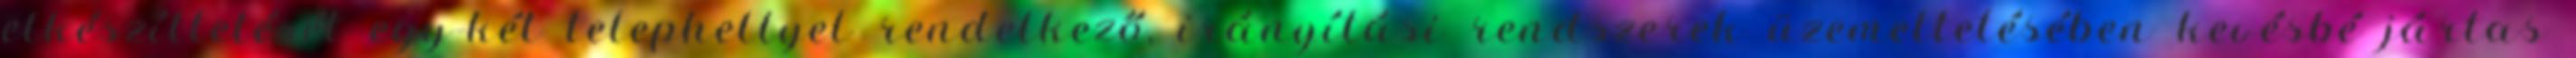
elkészíttetését egy-két telephellyel rendelkező, irányítási rendszerek üzemeltetésében kevésbé jártas